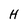
Character: H